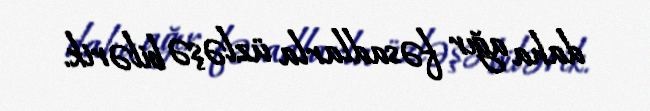
daha ağır fəsadlarla üzləşə bilərik.